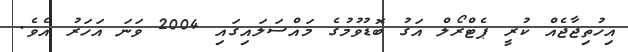
އިހުތިޖާޖެއް ކުރީ ޕެޓްރޯލް އަގު ބޮޑުވުމުގެ މައްސަލައިގައި 2004 ވަނަ އަހަރު އެވެ.